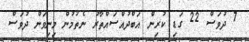
7 ދުވަސް 22 ގަޑި ކުރިން އަބްދުއްސައްތާރު ނެތުމުން މިނިވަން ދުވަސް